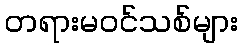
တရားမဝင်သစ်များ